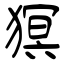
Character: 猽